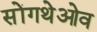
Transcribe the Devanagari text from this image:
सोंगथेओव